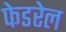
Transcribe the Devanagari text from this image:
फेडरेल